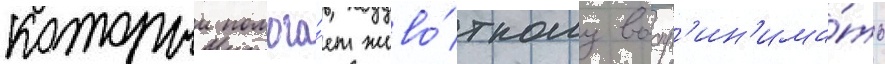
которыи помога́ет живо́тному воспр'ин'има́ть